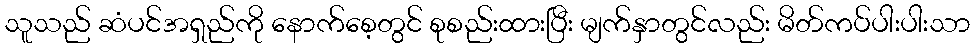
သူသည် ဆံပင်အရှည်ကို နောက်စေ့တွင် စုစည်းထားပြီး မျက်နှာတွင်လည်း မိတ်ကပ်ပါးပါးသာ